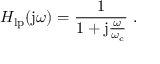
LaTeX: H _ { \mathrm { l p } } ( \mathrm { j } \omega ) = { \frac { 1 } { 1 + \mathrm { j } { \frac { \omega } { \omega _ { \mathrm { c } } } } } } \; .